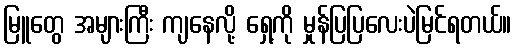
မြူတွေ အများကြီး ကျနေလို့ ရှေ့ကို မှုန်ပြပြလေးပဲမြင်ရတယ်။